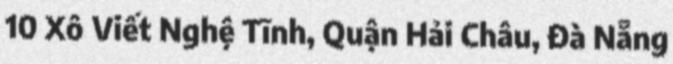
10 Xô Viết Nghệ Tĩnh, Quận Hải Châu, Đà Nẵng